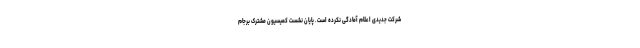
شرکت جدیدی اعلام آمادگی نکرده است. پایان نشست کمیسیون مشترک برجام